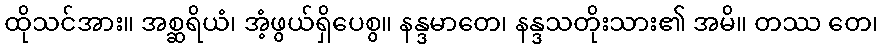
ထိုသင်အား။ အစ္ဆရိယံ၊ အံ့ဖွယ်ရှိပေစွ။ နန္ဒမာတေ၊ နန္ဒသတိုးသား၏ အမိ။ တဿ တေ၊